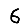
Digit: 6